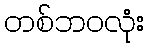
တစ်ဘဝလုံး